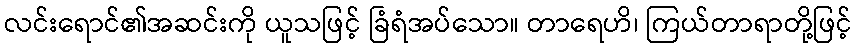
လင်းရောင်၏အဆင်းကို ယူသဖြင့် ခြံရံအပ်သော။ တာရေဟိ၊ ကြယ်တာရာတို့ဖြင့်